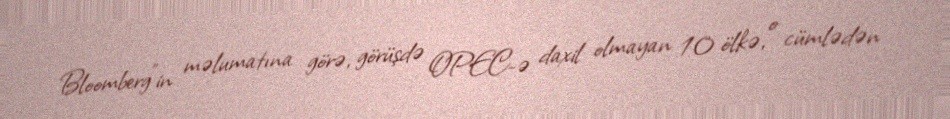
Bloomberg"in məlumatına görə, görüşdə OPEC-ə daxil olmayan 10 ölkə, o cümlədən